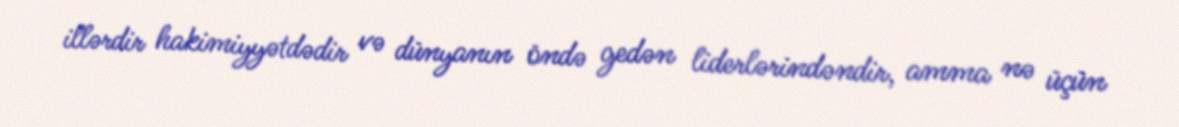
illərdir hakimiyyətdədir və dünyanın öndə gedən liderlərindəndir, amma nə üçün